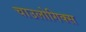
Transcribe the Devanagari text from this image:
चाउलोगिक्स